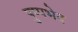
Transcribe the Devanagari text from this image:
पुष्पभेद